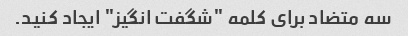
سه متضاد برای کلمه "شگفت انگیز" ایجاد کنید.